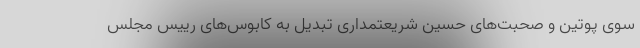
سوی پوتین و صحبت‌های حسین شریعتمداری تبدیل به کابوس‌های رییس مجلس